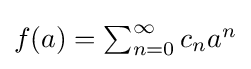
{\textstyle f(a)=\sum _{n=0}^{\infty }c_{n}a^{n}}